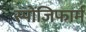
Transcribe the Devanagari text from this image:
स्पोंजिफार्म